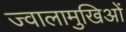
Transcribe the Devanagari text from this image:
ज्वालामुखिओं